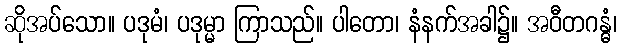
ဆိုအပ်သော။ ပဒုမံ၊ ပဒုမ္မာ ကြာသည်။ ပါတော၊ နံနက်အခါ၌။ အဝီတဂန္ဓံ၊